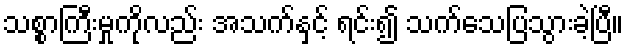
သစ္စာကြီးမှုကိုလည်း အသက်နှင့် ရင်း၍ သက်သေပြသွားခဲ့ပြီ။